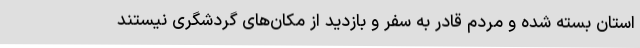
استان بسته شده و مردم قادر به سفر و بازدید از مکان‌های گردشگری نیستند